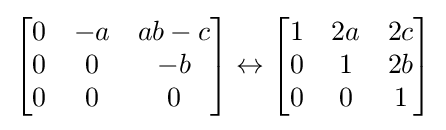
{\begin{bmatrix}0&-a&ab-c\\0&0&-b\\0&0&0\end{bmatrix}}\leftrightarrow {\begin{bmatrix}1&2a&2c\\0&1&2b\\0&0&1\end{bmatrix}}